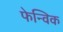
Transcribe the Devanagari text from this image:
फेन्विक